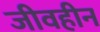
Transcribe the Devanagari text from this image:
जीवहीन